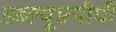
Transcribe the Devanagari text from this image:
डब्ल्यूएपीपी